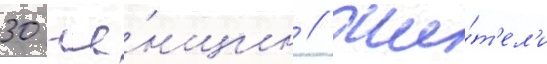
30 же́нщин // Жи́т'ел'и